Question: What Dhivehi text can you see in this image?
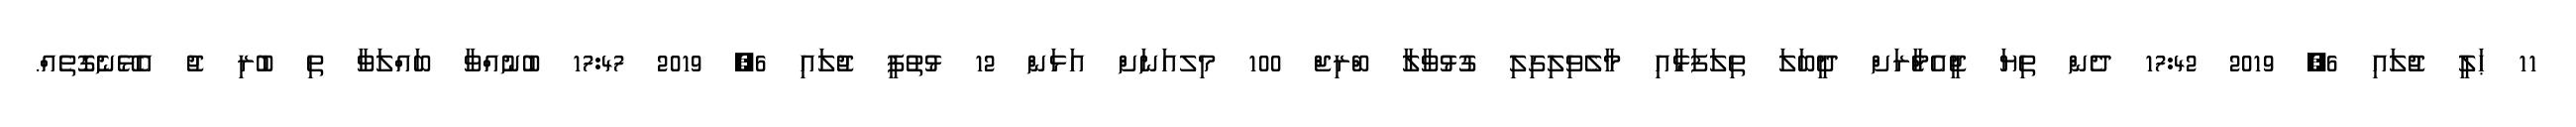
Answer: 11 ޙަލީ ޖުލައި 6, 2019 17:42 ދެން ތިޔަ ޖީއެމްެާރަށް ދީބަލަ ތިލަފަޅާއި މާލެވިލިގިލި ގުޅުވާލާ ބްރިޖް 100 މިލއަނަށް އަޅަން 12 ޅުތުފީ ޖުލައި 6, 2019 17:47 ބުނުއްވާ ބައްލަވާ ތި ބުރި ޖު އެޅޭނެގޮތެއް.